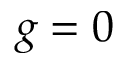
g = 0